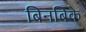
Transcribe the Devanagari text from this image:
बिनबिके